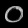
Digit: ၀